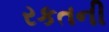
રકતની